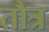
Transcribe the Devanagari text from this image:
तौत्र